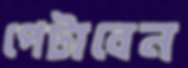
পেটাবেন